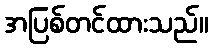
အပြစ်တင်ထားသည်။